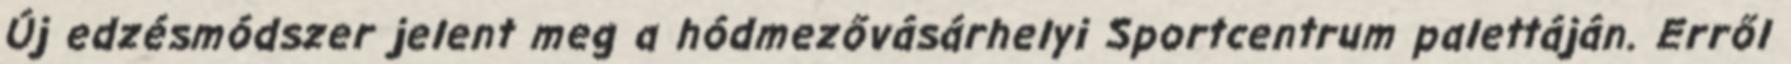
Új edzésmódszer jelent meg a hódmezővásárhelyi Sportcentrum palettáján. Erről